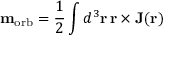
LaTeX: \mathbf { m } _ { \mathrm { { o r b } } } = { \frac { 1 } { 2 } } \int d ^ { 3 } \mathbf { r } \, \mathbf { r } \times \mathbf { J } ( \mathbf { r } )